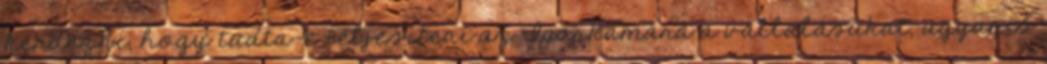
kérdezni, hogy tudta-e teljesíteni az Iparkamara a vállalásukat, ugyanis